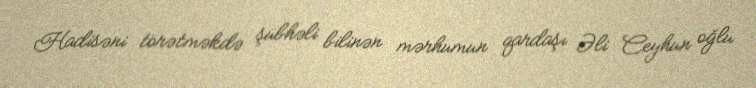
Hadisəni törətməkdə şübhəli bilinən mərhumun qardaşı Əli Ceyhun oğlu